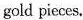
gold pieces.